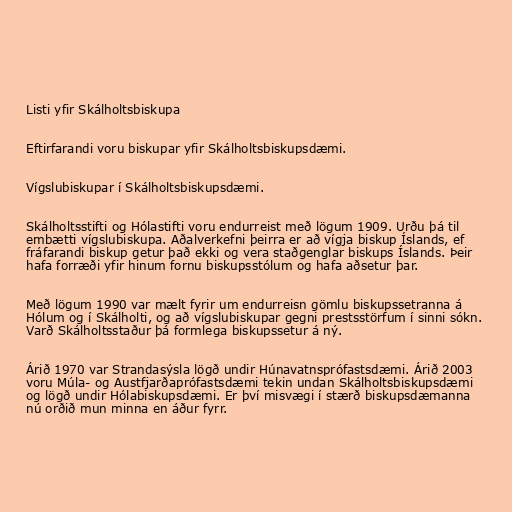
Listi yfir Skálholtsbiskupa

Eftirfarandi voru biskupar yfir Skálholtsbiskupsdæmi.

Vígslubiskupar í Skálholtsbiskupsdæmi.

Skálholtsstifti og Hólastifti voru endurreist með lögum 1909. Urðu þá til
embætti vígslubiskupa. Aðalverkefni þeirra er að vígja biskup Íslands, ef
fráfarandi biskup getur það ekki og vera staðgenglar biskups Íslands. Þeir
hafa forræði yfir hinum fornu biskupsstólum og hafa aðsetur þar.

Með lögum 1990 var mælt fyrir um endurreisn gömlu biskupssetranna á
Hólum og í Skálholti, og að vígslubiskupar gegni prestsstörfum í sinni sókn.
Varð Skálholtsstaður þá formlega biskupssetur á ný.

Árið 1970 var Strandasýsla lögð undir Húnavatnsprófastsdæmi. Árið 2003
voru Múla- og Austfjarðaprófastsdæmi tekin undan Skálholtsbiskupsdæmi
og lögð undir Hólabiskupsdæmi. Er því misvægi í stærð biskupsdæmanna
nú orðið mun minna en áður fyrr.